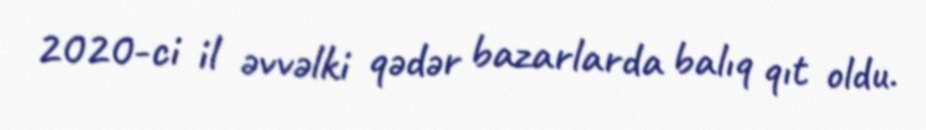
2020-ci il əvvəlki qədər bazarlarda balıq qıt oldu.